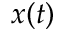
x ( t )